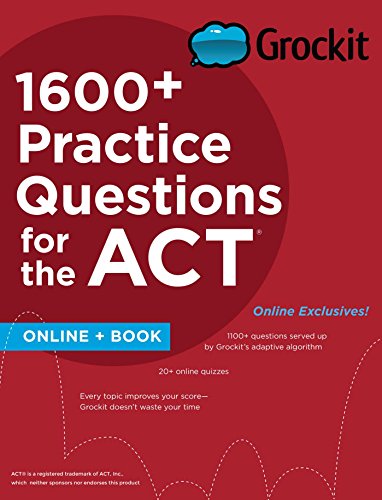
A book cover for Grockit 1600+ Practice Questions for the ACT: Book + Online (Grockit Test Prep); Grockit; Test Preparation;